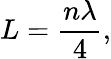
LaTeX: L={\frac{n\lambda}{4}},